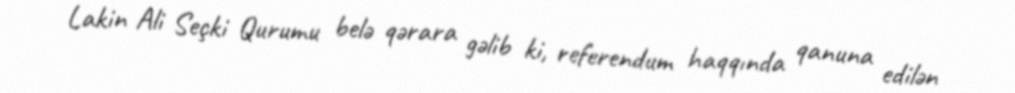
Lakin Ali Seçki Qurumu belə qərara gəlib ki, referendum haqqında qanuna edilən